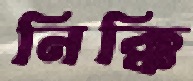
নিক্কি